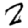
Digit: 2